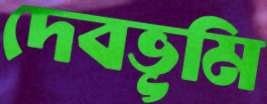
দেবভূমি